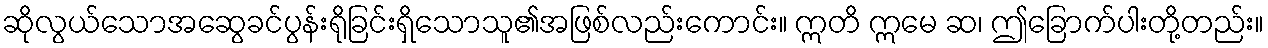
ဆိုလွယ်သောအဆွေခင်ပွန်းရိုခြင်းရှိသောသူ၏အဖြစ်လည်းကောင်း။ ဣတိ ဣမေ ဆ၊ ဤခြောက်ပါးတို့တည်း။